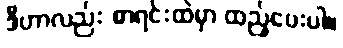
ဒီဟာလည်း စာရင်းထဲမှာ ထည့်ပေးပါ။